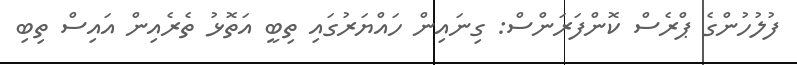
ފުލުހުންގެ ޕްރެސް ކޮންފަރަންސް: ގިނައިން ހައްޔަރުގައި ތިބީ އަތޮޅު ތެރެއިން އައިސް ތިބި